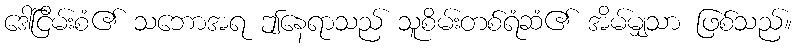
ဒေါ်ငြိမ်းစံ၏ သဘောအရ ဤနေရာသည် သူစိမ်းတစ်ရံဆံ၏ အိမ်မျှသာ ဖြစ်သည်။